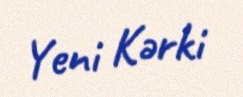
Yeni Kərki